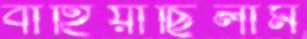
বাহিয়াছিলাম